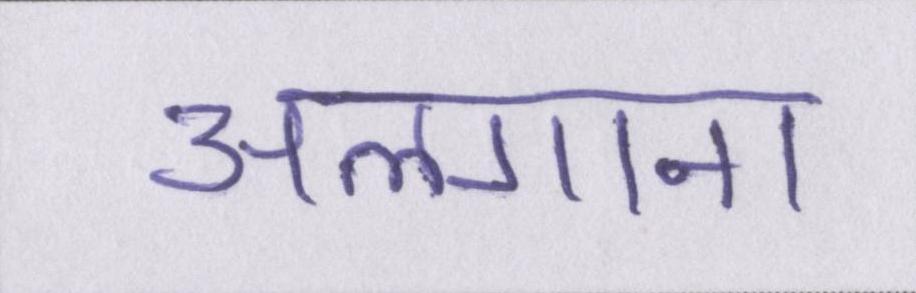
अलगाना